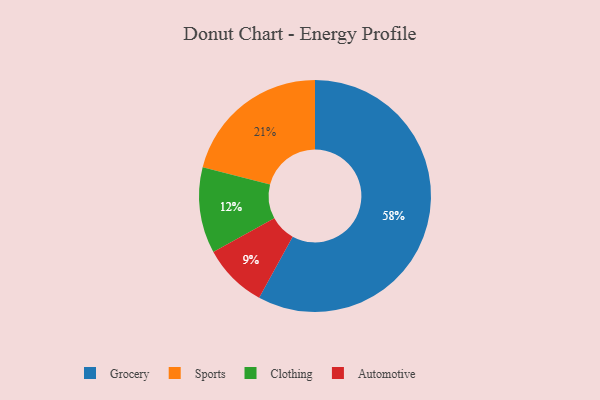
{"axis": {"x": "Category", "y": "Percentage"}, "legend": ["Automotive", "Clothing", "Grocery", "Sports"], "data": [{"x": "Grocery", "y": 58, "type": "Grocery"}, {"x": "Clothing", "y": 12, "type": "Clothing"}, {"x": "Sports", "y": 21, "type": "Sports"}, {"x": "Automotive", "y": 9, "type": "Automotive"}]}